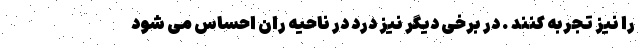
را نیز تجربه کنند . در برخی دیگر نیز درد در ناحیه ران احساس می شود